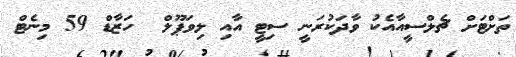
ތަށްޓަށް ޗެލްސީއާއެކު ވާދަކުރަނީ ސިޓީ އާއި ލިވަޕޫލް  ހަޒާޑް 59 މިނެޓް